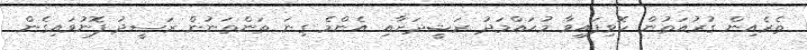
ތެރެއިން ގުރުއަތުން ހޮވިފައިވާ މުޙައްމަދު ރަޝީދަށާއި އެންމެ ގިނަ ތަންތަނުން ރަސީދު ފޮނުވައިގެން